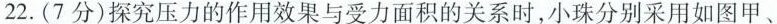
22.(7分)探究压力的作用效果与受力面积的关系时，小珠分别采用如图甲、